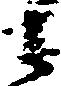
之